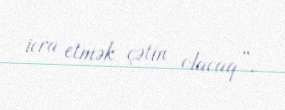
icra etmək çətin olacaq”.